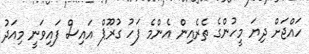
ހައްޖަށް ދިޔަ މީހުންގެ ތެރެއިން އެންމެ ފަހު ގުރޫޕް އައިސް ފައިވަނީ މިއަދު